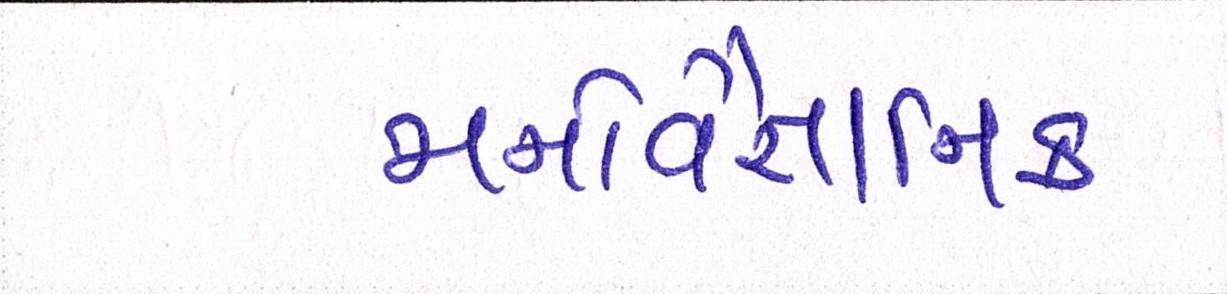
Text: મનોવૈજ્ઞાાનિક